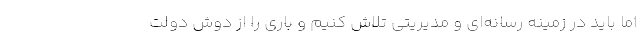
اما باید در زمینه رسانه‌ای و مدیریتی تلاش کنیم و باری را از دوش دولت